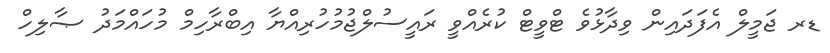
ޑރ ޖަމީލް އެފަދައިން ވިދާޅުވެ ޓްވީޓް ކުރެއްވީ ރައީސުލްޖުމުހުރިއްޔާ އިބްރާހިމް މުހައްމަދު ޞާލިހް